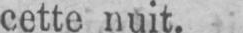
cette nuit.